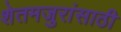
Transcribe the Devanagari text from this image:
शेतमजुरांसाठी